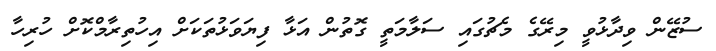
ސުޒޭން ވިދާޅުވީ މިރޭގެ މެޗުގައި ސަލާމަތީ ގޮތުން އަޅާ ފިޔަވަޅުތަކަށް އިހުތިރާމްކޮށް ހުރިހާ